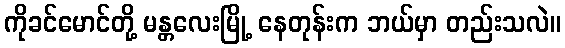
ကိုခင်မောင်တို့ မန္တလေးမြို့ နေတုန်းက ဘယ်မှာ တည်းသလဲ။